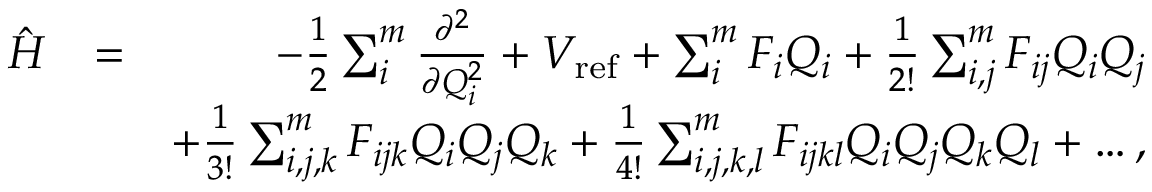
\begin{array} { r l r } { \hat { H } } & { = } & { - \frac { 1 } { 2 } \sum _ { i } ^ { m } \frac { \partial ^ { 2 } } { \partial Q _ { i } ^ { 2 } } + V _ { \mathrm { r e f } } + \sum _ { i } ^ { m } F _ { i } Q _ { i } + \frac { 1 } { 2 ! } \sum _ { i , j } ^ { m } F _ { i j } Q _ { i } Q _ { j } } \\ & { } & { + \frac { 1 } { 3 ! } \sum _ { i , j , k } ^ { m } F _ { i j k } Q _ { i } Q _ { j } Q _ { k } + \frac { 1 } { 4 ! } \sum _ { i , j , k , l } ^ { m } F _ { i j k l } Q _ { i } Q _ { j } Q _ { k } Q _ { l } + \ldots , } \end{array}